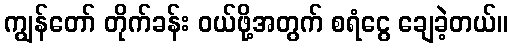
ကျွန်တော် တိုက်ခန်း ဝယ်ဖို့အတွက် စရံငွေ ချေခဲ့တယ်။